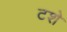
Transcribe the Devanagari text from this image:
टशे